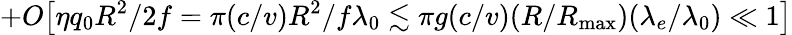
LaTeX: +O\big[\eta q_{0}R^{2}/2f=\pi(c/v)R^{2}/f\lambda_{0}\lesssim\pi g(c/v)(R/{R_{\mathrm{max}}})(\lambda_{e}/\lambda_{0})\ll 1\big]